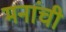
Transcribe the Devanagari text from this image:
मनांची